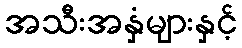
အသီးအနှံများနှင့်